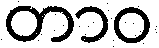
တာဝ